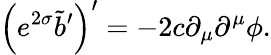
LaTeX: \left(e^{2\sigma}\tilde{b}^{\prime}\right)^{\prime}=-2c\partial_{\mu}\partial^{\mu}\phi.